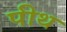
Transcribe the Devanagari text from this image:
पीथ